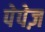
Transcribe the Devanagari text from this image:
पेपेज़